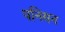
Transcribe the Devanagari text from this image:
पनियन